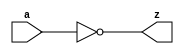
// This program was cloned from: https://github.com/aolofsson/oh
// License: MIT License

//#############################################################################
//# Function: Clock Inverter                                                  #
//# Copyright: OH Project Authors. ALl rights Reserved.                       #
//# License:  MIT (see LICENSE file in OH repository)                         #
//#############################################################################

module asic_clkinv #(parameter PROP = "DEFAULT")  (
    input  a,
    output z
    );

   assign z = ~a;

endmodule